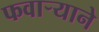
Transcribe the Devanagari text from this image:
फवार्‍याने